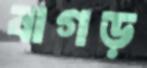
বাগড়